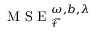
\mathrm { ~ M ~ S ~ E ~ } _ { \mathcal { F } } ^ { \omega , b , \lambda }